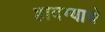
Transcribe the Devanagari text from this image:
हादग्याचे